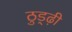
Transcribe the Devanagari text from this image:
ठुड्ढ़ी